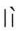
lǐ